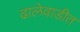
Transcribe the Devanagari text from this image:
ढालेवाडीत